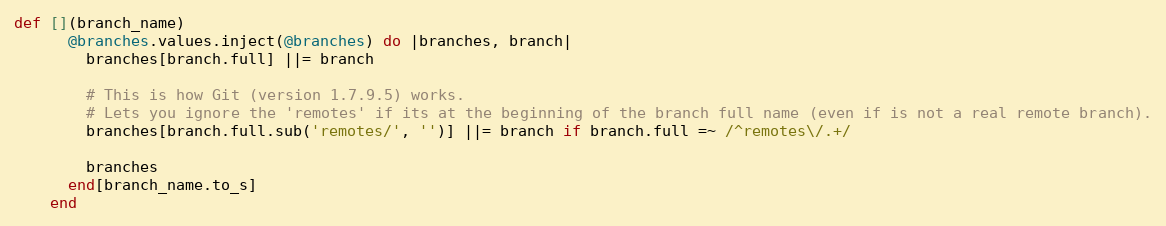
Language: Ruby
def [](branch_name)
      @branches.values.inject(@branches) do |branches, branch|
        branches[branch.full] ||= branch

        # This is how Git (version 1.7.9.5) works.
        # Lets you ignore the 'remotes' if its at the beginning of the branch full name (even if is not a real remote branch).
        branches[branch.full.sub('remotes/', '')] ||= branch if branch.full =~ /^remotes\/.+/

        branches
      end[branch_name.to_s]
    end